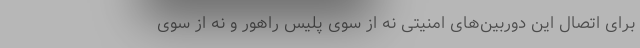
برای اتصال این دوربین‌های امنیتی نه از سوی پلیس راهور و نه از سوی